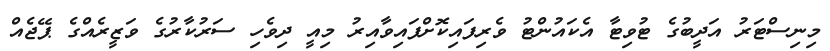
މިނިސްޓަރު އަދީބުގެ ޓުވިޓާ އެކައުންޓު ވެރިފައިކޮށްފައިވާއިރު މިއީ ދިވެހި ސަރުކާރުގެ ވަޒީރެއްގެ ޕޭޖެއް